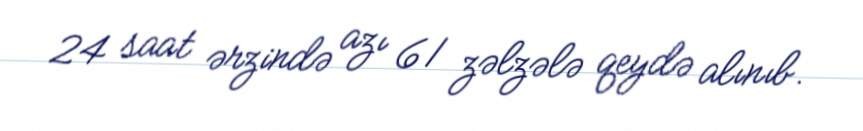
24 saat ərzində azı 61 zəlzələ qeydə alınıb.